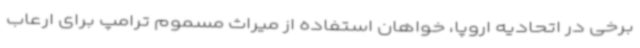
برخی در اتحادیه اروپا، خواهان استفاده از میراث مسموم ترامپ برای ارعاب